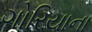
ગોરિયાના